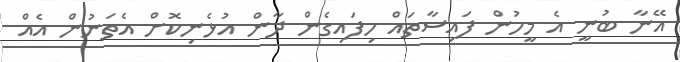
އޭނާ ބުނީ އެ މީހުން ފައިސާތައް ހިފައިގެން ދާން އުޅެނިކޮށް އެތަނުން އެއް